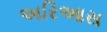
અરિઆસ